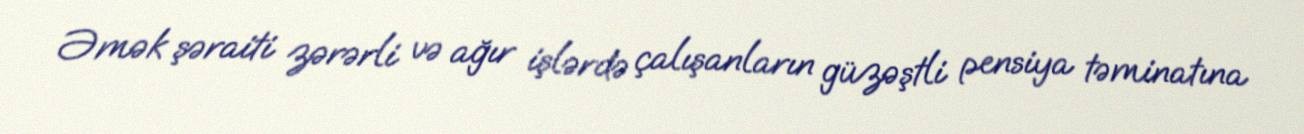
Əmək şəraiti zərərli və ağır işlərdə çalışanların güzəştli pensiya təminatına